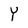
Character: Y